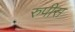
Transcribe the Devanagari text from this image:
रुपीस